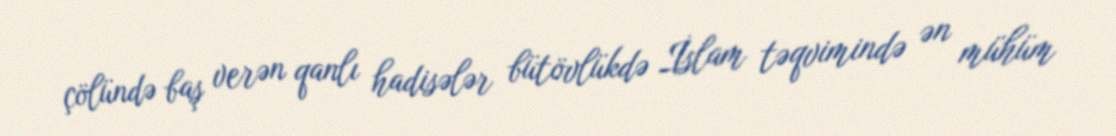
çölündə baş verən qanlı hadisələr bütövlükdə İslam təqvimində ən mühüm